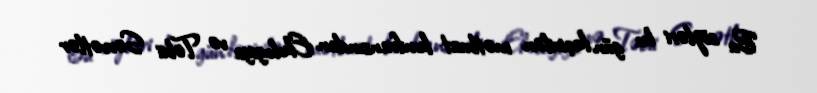
Bu sözləri bu gün keçirilən mətbuat konfransından Ekologiya və Təbii Sərvətlər